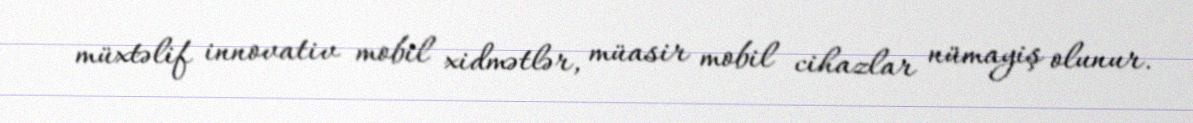
müxtəlif innovativ mobil xidmətlər, müasir mobil cihazlar nümayiş olunur.